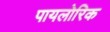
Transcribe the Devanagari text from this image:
पायलोरिक